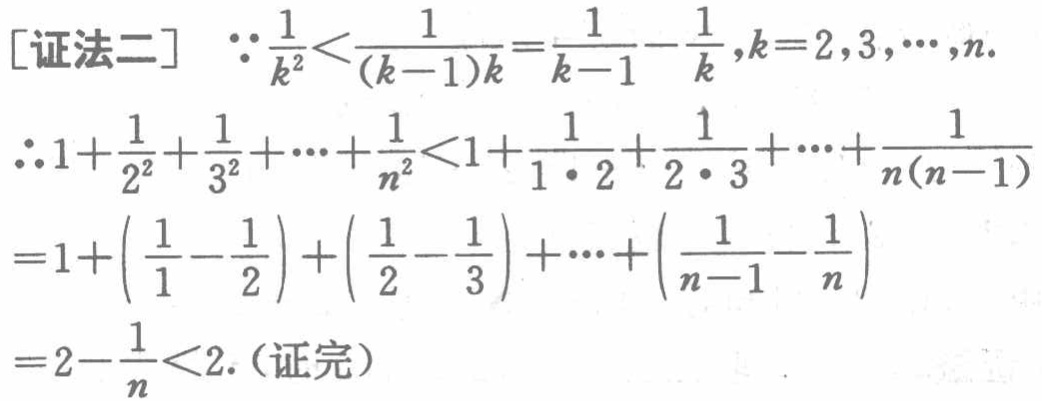
[证法二]
\(\because\frac{1}{k^{2}}<\frac{1}{(k - 1)k}=\frac{1}{k - 1}-\frac{1}{k},k = 2,3,\cdots,n.\)
\(\therefore1+\frac{1}{2^{2}}+\frac{1}{3^{2}}+\cdots+\frac{1}{n^{2}}<1+\frac{1}{1\cdot2}+\frac{1}{2\cdot3}+\cdots+\frac{1}{n(n - 1)}\)
\(=1+\left(\frac{1}{1}-\frac{1}{2}\right)+\left(\frac{1}{2}-\frac{1}{3}\right)+\cdots+\left(\frac{1}{n - 1}-\frac{1}{n}\right)\)
\(=2-\frac{1}{n}<2.\)（证完）